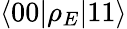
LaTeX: \langle 00|\rho_{E}|11\rangle